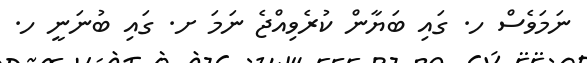
ނަމަވެސް ހ. ގައި ބަޔާން ކުރެވިއްޖެ ނަމަ ށ. ގައި ބުނަނީ ހ.